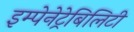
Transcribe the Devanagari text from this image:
इम्पेनेट्रेबिलिटी